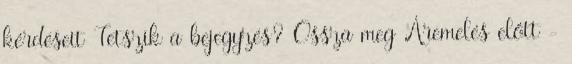
kérdéseit Tetszik a bejegyzés? Ossza meg Áremelés előtt -